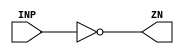
module IBUFFX32 (INP,ZN);
	input INP;
	output ZN;
	wire ot;
assign ZN = ~ot;
assign ot = INP;
endmodule